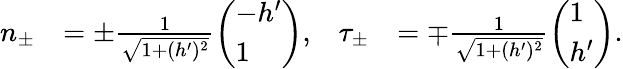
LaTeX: \begin{array}{rlrl}{n_{\pm}}&{=\pm\frac{1}{\sqrt{1+(h^{\prime})^{2}}}\left(\begin{array}{l}{-h^{\prime}}\\ {1}\end{array}\right),}&{\tau_{\pm}}&{=\mp\frac{1}{\sqrt{1+(h^{\prime})^{2}}}\left(\begin{array}{l}{1}\\ {h^{\prime}}\end{array}\right).}\end{array}